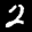
Label: 2